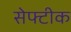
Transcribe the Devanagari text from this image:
सेफ्टीक